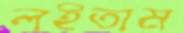
লইতাম